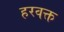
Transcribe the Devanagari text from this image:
हरवक्त